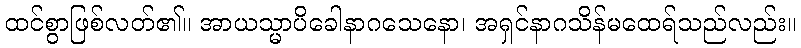
ထင်စွာဖြစ်လတ်၏။ အာယသ္မာပိခေါနာဂသေနော၊ အရှင်နာဂသိန်မထေရ်သည်လည်း။